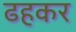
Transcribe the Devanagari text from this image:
ढहकर